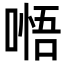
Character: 𭉰